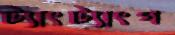
ট্যাংট্যাংগ